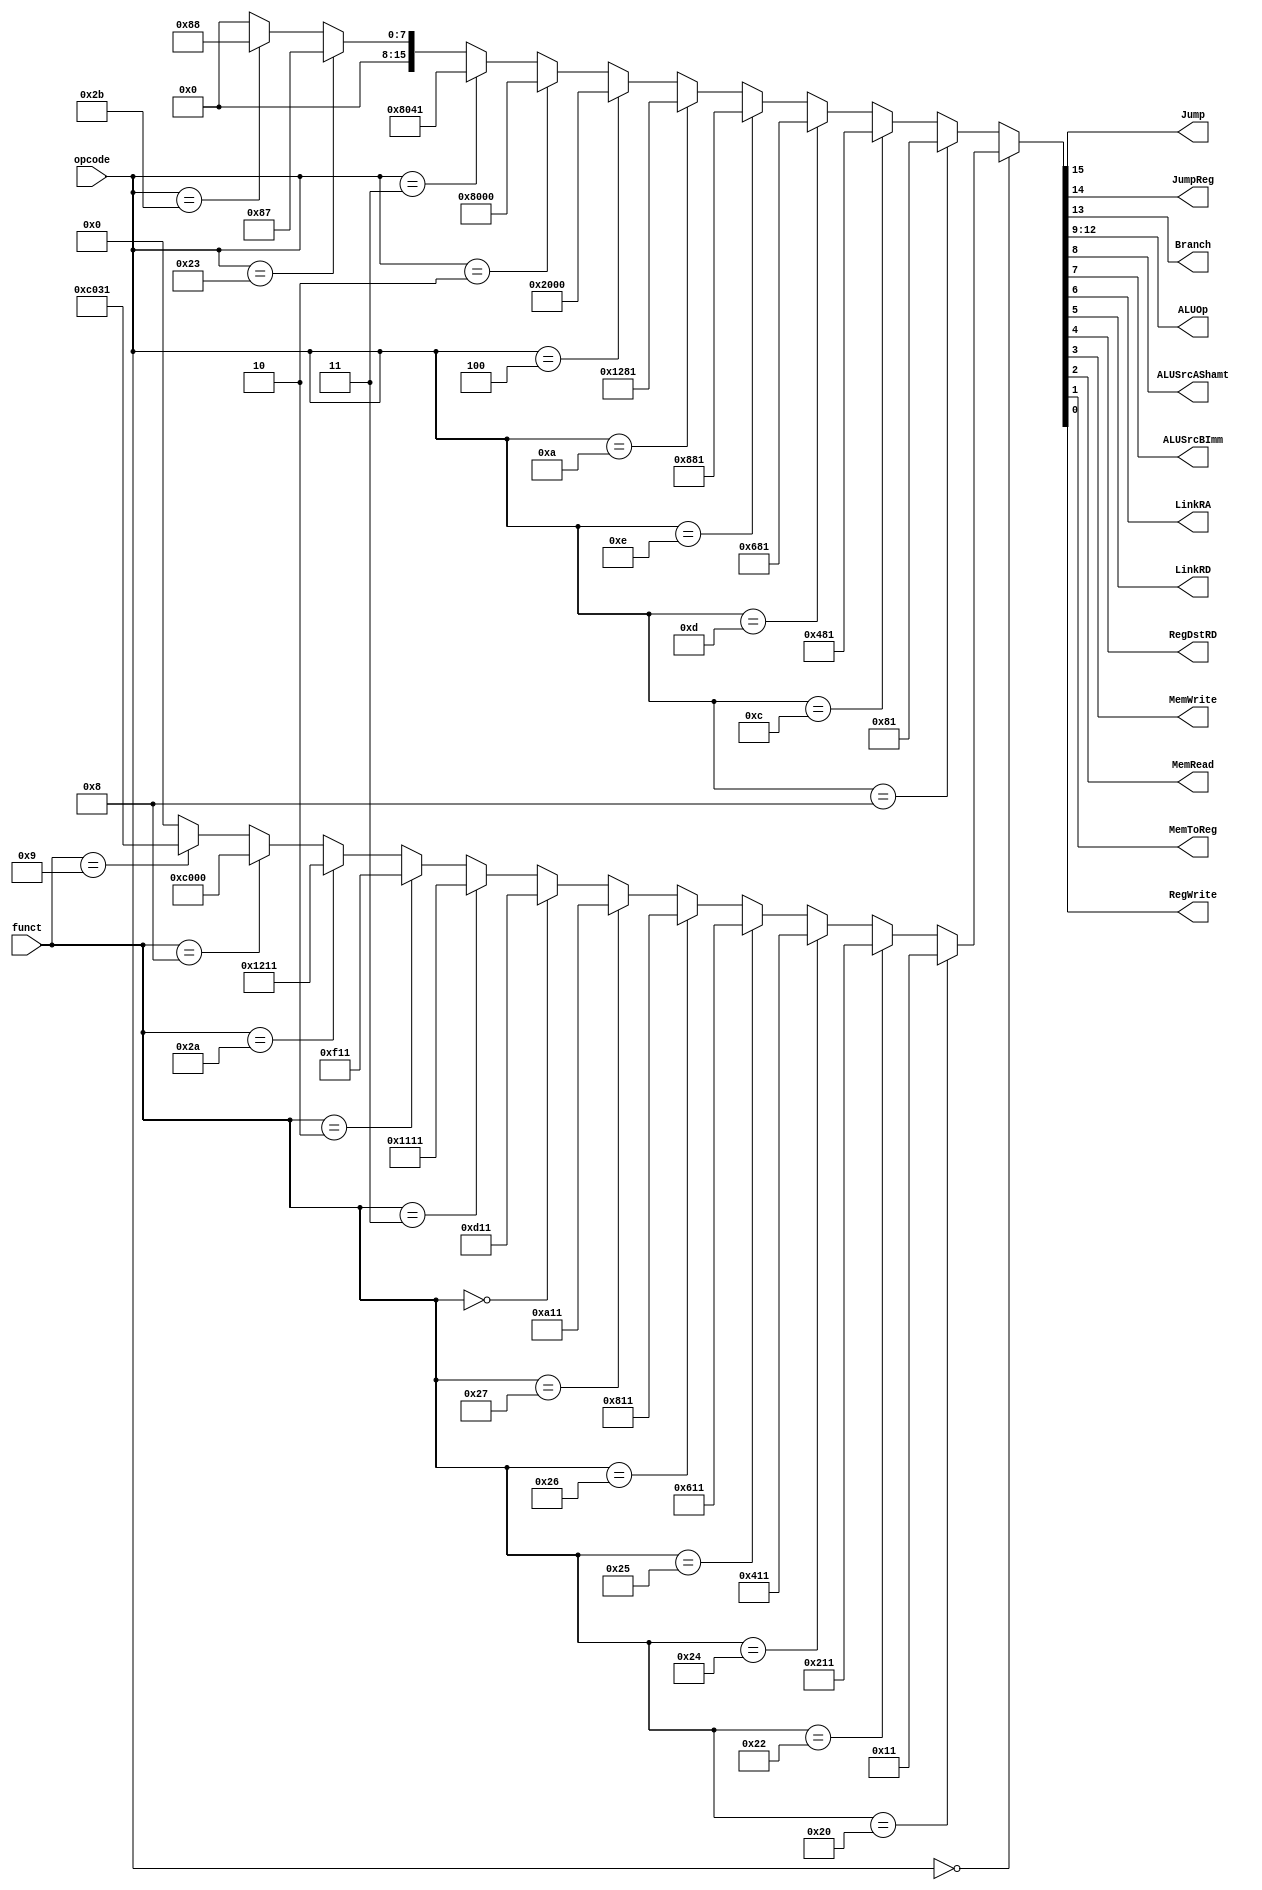
module control_unit (
    opcode,
    funct,
    Jump,
    JumpReg,
    Branch,
    ALUOp,
    ALUSrcAShamt,
    ALUSrcBImm,
    LinkRA,
    LinkRD,
    RegDstRD,
    MemWrite,
    MemRead,
    MemToReg,
    RegWrite
);
    input  [5:0] opcode;
    input  [5:0] funct;
    // IF
    // ID
    output       Jump;
    output       JumpReg;
    output       Branch;
    // EX
    output [3:0] ALUOp;
    output       ALUSrcAShamt;
    output       ALUSrcBImm;
    output       LinkRA;
    output       LinkRD;
    output       RegDstRD;
    // MEM
    output       MemWrite;
    output       MemRead;
    // WB
    output       MemToReg;
    output       RegWrite;

    reg  [15:0] ctrl;
    assign {    Jump,
                JumpReg,
                Branch,
                ALUOp,
                ALUSrcAShamt,
                ALUSrcBImm,
                LinkRA,
                LinkRD,
                RegDstRD,
                MemWrite,
                MemRead,
                MemToReg,
                RegWrite    } = ctrl;
    
    always @ (*) begin
        if (opcode == 0) begin
            if (funct == 6'h20) begin // ADD 0 0 0 0 0 0 0 0 1 0 0 0 1
                ctrl = {1'b0,1'b0,1'b0,4'd0,1'b0,1'b0,1'b0,1'b0,1'b1,1'b0,1'b0,1'b0,1'b1};
            end
            else if (funct == 6'h22) begin // SUB 0 0 0 1 0 0 0 0 1 0 0 0 1
                ctrl = {1'b0,1'b0,1'b0,4'd1,1'b0,1'b0,1'b0,1'b0,1'b1,1'b0,1'b0,1'b0,1'b1};
            end
            else if (funct == 6'h24) begin // AND 0 0 0 2 0 0 0 0 1 0 0 0 1
                ctrl = {1'b0,1'b0,1'b0,4'd2,1'b0,1'b0,1'b0,1'b0,1'b1,1'b0,1'b0,1'b0,1'b1};
            end
            else if (funct == 6'h25) begin // OR 0 0 0 3 0 0 0 0 1 0 0 0 1
                ctrl = {1'b0,1'b0,1'b0,4'd3,1'b0,1'b0,1'b0,1'b0,1'b1,1'b0,1'b0,1'b0,1'b1};
            end
            else if (funct == 6'h26) begin // XOR 0 0 0 4 0 0 0 0 1 0 0 0 1
                ctrl = {1'b0,1'b0,1'b0,4'd4,1'b0,1'b0,1'b0,1'b0,1'b1,1'b0,1'b0,1'b0,1'b1};
            end
            else if (funct == 6'h27) begin // NOR 0 0 0 5 0 0 0 0 1 0 0 0 1
                ctrl = {1'b0,1'b0,1'b0,4'd5,1'b0,1'b0,1'b0,1'b0,1'b1,1'b0,1'b0,1'b0,1'b1};
            end
            else if (funct == 6'h0) begin // SLL 0 0 0 6 1 0 0 0 1 0 0 0 1
                ctrl = {1'b0,1'b0,1'b0,4'd6,1'b1,1'b0,1'b0,1'b0,1'b1,1'b0,1'b0,1'b0,1'b1};
            end
            else if (funct == 6'h3) begin // SRA 0 0 0 8 1 0 0 0 1 0 0 0 1
                ctrl = {1'b0,1'b0,1'b0,4'd8,1'b1,1'b0,1'b0,1'b0,1'b1,1'b0,1'b0,1'b0,1'b1};
            end
            else if (funct == 6'h2) begin // SRL 0 0 0 7 1 0 0 0 1 0 0 0 1
                ctrl = {1'b0,1'b0,1'b0,4'd7,1'b1,1'b0,1'b0,1'b0,1'b1,1'b0,1'b0,1'b0,1'b1};
            end
            else if (funct == 6'h2A) begin // SLT 0 0 0 9 0 0 0 0 1 0 0 0 1
                ctrl = {1'b0,1'b0,1'b0,4'd9,1'b0,1'b0,1'b0,1'b0,1'b1,1'b0,1'b0,1'b0,1'b1};
            end
            else if (funct == 6'h8) begin // JR 1 1 0 0 0 0 0 0 0 0 0 0 0
                ctrl = {1'b1,1'b1,1'b0,4'd0,1'b0,1'b0,1'b0,1'b0,1'b0,1'b0,1'b0,1'b0,1'b0};
            end
            else if (funct == 6'h9) begin // JALR 1 1 0 0 0 0 0 1 1 0 0 0 1
                ctrl = {1'b1,1'b1,1'b0,4'd0,1'b0,1'b0,1'b0,1'b1,1'b1,1'b0,1'b0,1'b0,1'b1};
            end
            else begin // NOP
                ctrl = {1'b0,1'b0,1'b0,4'd0,1'b0,1'b0,1'b0,1'b0,1'b0,1'b0,1'b0,1'b0,1'b0};
            end
        end
        else if (opcode == 6'h8) begin // ADDI 0 0 0 0 0 1 0 0 0 0 0 0 1
            ctrl = {1'b0,1'b0,1'b0,4'd0,1'b0,1'b1,1'b0,1'b0,1'b0,1'b0,1'b0,1'b0,1'b1};
        end
        else if (opcode == 6'hC) begin // ANDI 0 0 0 2 0 1 0 0 0 0 0 0 1
            ctrl = {1'b0,1'b0,1'b0,4'd2,1'b0,1'b1,1'b0,1'b0,1'b0,1'b0,1'b0,1'b0,1'b1};
        end
        else if (opcode == 6'hD) begin // ORI 0 0 0 3 0 1 0 0 0 0 0 0 1
            ctrl = {1'b0,1'b0,1'b0,4'd3,1'b0,1'b1,1'b0,1'b0,1'b0,1'b0,1'b0,1'b0,1'b1};
        end
        else if (opcode == 6'hE) begin // XORI 0 0 0 4 0 1 0 0 0 0 0 0 1
            ctrl = {1'b0,1'b0,1'b0,4'd4,1'b0,1'b1,1'b0,1'b0,1'b0,1'b0,1'b0,1'b0,1'b1};
        end
        else if (opcode == 6'hA) begin // SLTI 0 0 0 9 0 1 0 0 0 0 0 0 1
            ctrl = {1'b0,1'b0,1'b0,4'd9,1'b0,1'b1,1'b0,1'b0,1'b0,1'b0,1'b0,1'b0,1'b1};
        end
        else if (opcode == 6'h4) begin // BEQ 0 0 1 0 0 0 0 0 0 0 0 0 0
            ctrl = {1'b0,1'b0,1'b1,4'd0,1'b0,1'b0,1'b0,1'b0,1'b0,1'b0,1'b0,1'b0,1'b0};
        end
        else if (opcode == 6'h2) begin // J 1 0 0 0 0 0 0 0 0 0 0 0 0
            ctrl = {1'b1,1'b0,1'b0,4'd0,1'b0,1'b0,1'b0,1'b0,1'b0,1'b0,1'b0,1'b0,1'b0};
        end
        else if (opcode == 6'h3) begin // JAL 1 0 0 0 0 0 1 0 0 0 0 0 1
            ctrl = {1'b1,1'b0,1'b0,4'd0,1'b0,1'b0,1'b1,1'b0,1'b0,1'b0,1'b0,1'b0,1'b1};
        end
        else if (opcode == 6'h23) begin // LW 0 0 0 0 0 1 0 0 0 0 1 1 1
            ctrl = {1'b0,1'b0,1'b0,4'd0,1'b0,1'b1,1'b0,1'b0,1'b0,1'b0,1'b1,1'b1,1'b1};
        end
        else if (opcode == 6'h2B) begin // SW 0 0 0 0 0 1 0 0 0 1 0 0 0
            ctrl = {1'b0,1'b0,1'b0,4'd0,1'b0,1'b1,1'b0,1'b0,1'b0,1'b1,1'b0,1'b0,1'b0};
        end
        else begin // NOP
            ctrl = {1'b0,1'b0,1'b0,4'd0,1'b0,1'b0,1'b0,1'b0,1'b0,1'b0,1'b0,1'b0,1'b0};
        end
    end
endmodule